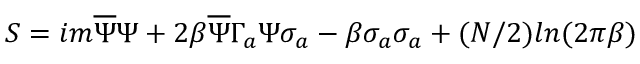
S = i m \overline { { { \Psi } } } \Psi + 2 \beta \overline { { { \Psi } } } \Gamma _ { a } \Psi \sigma _ { a } - \beta \sigma _ { a } \sigma _ { a } + ( N / 2 ) l n ( 2 \pi \beta )